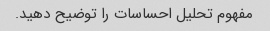
مفهوم تحلیل احساسات را توضیح دهید.